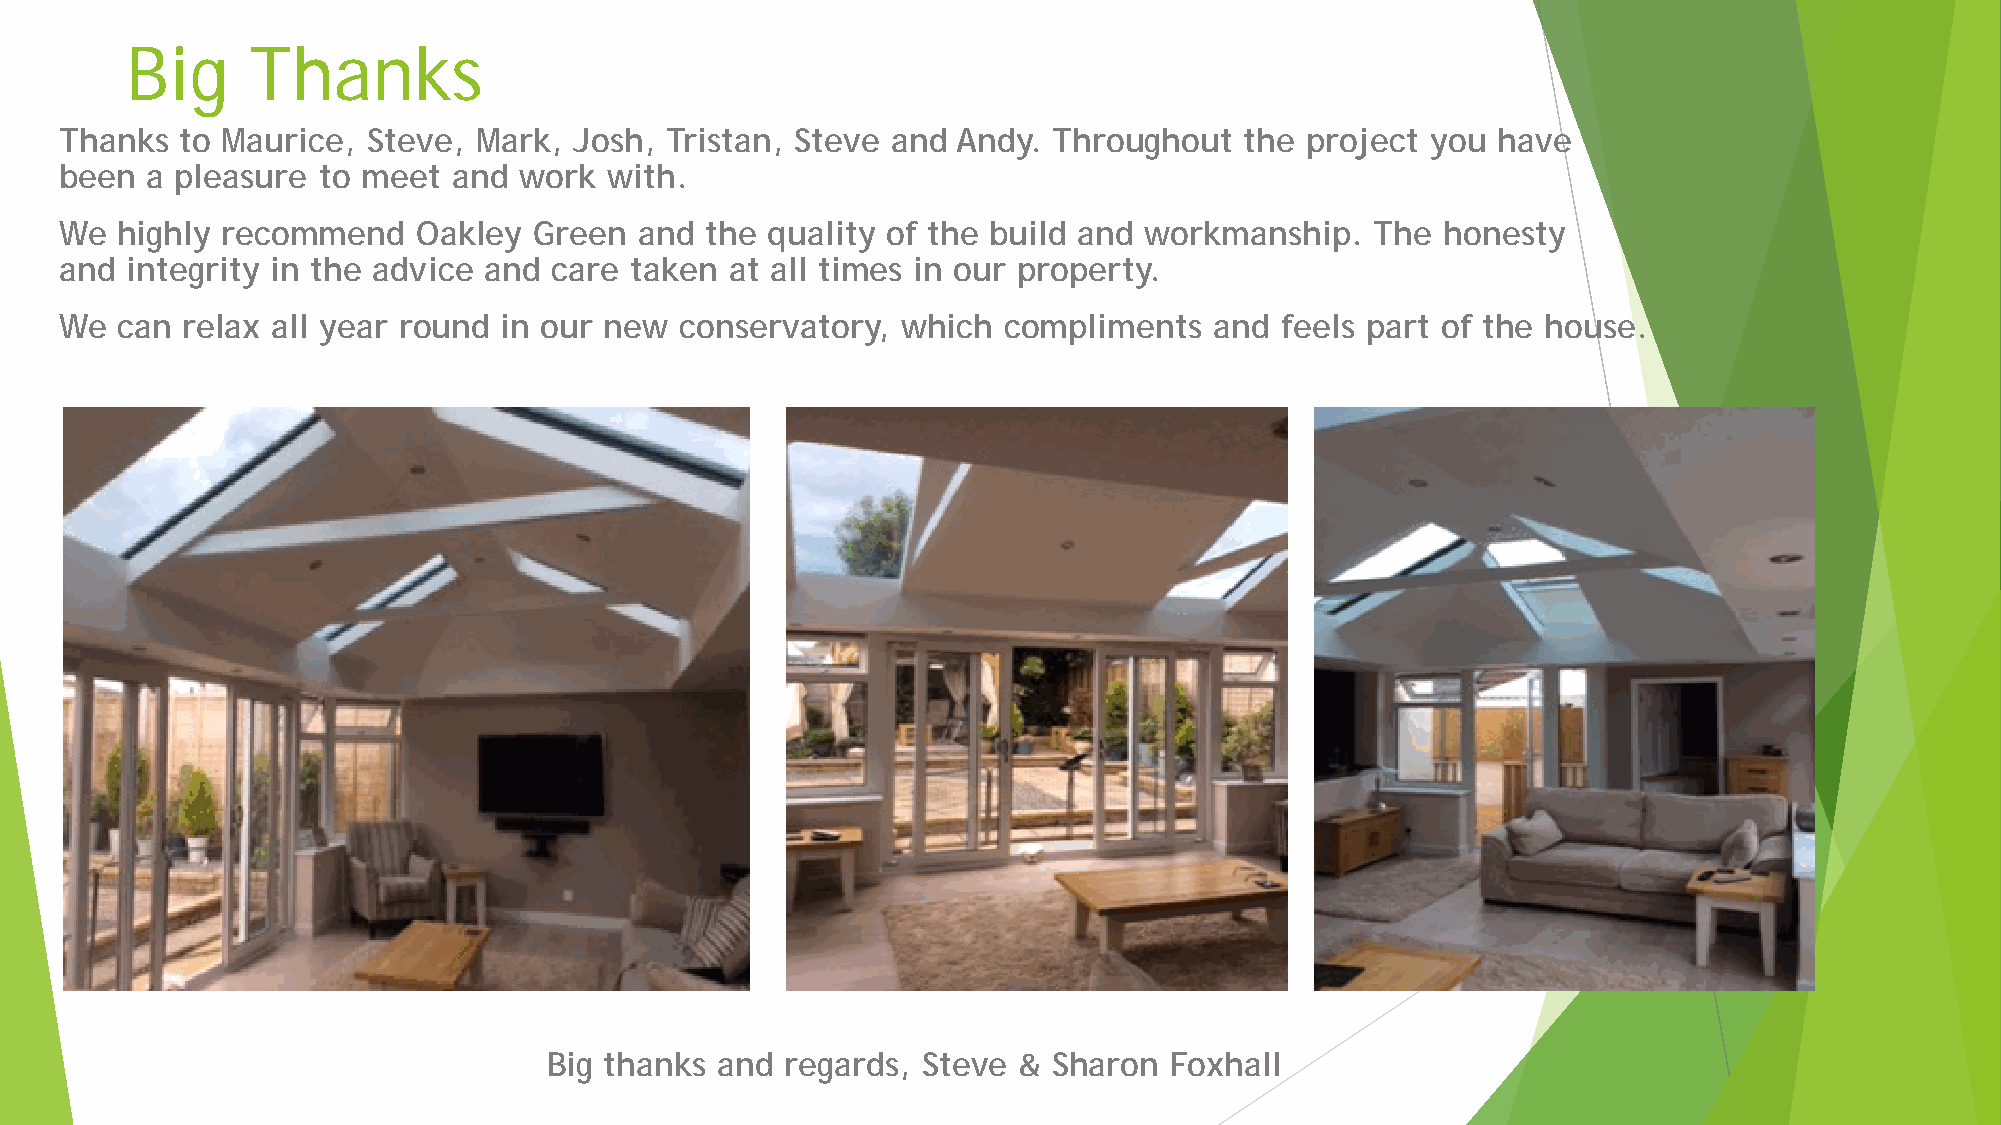
Big     Thanks
 Thanks  to Maurice, Steve,  Mark, Josh, Tristan, Steve and Andy.  Throughout  the project  you have
 been  a pleasure to meet  and work  with.
 We  highly recommend    Oakley Green  and  the quality of the build and workmanship.   The  honesty
 and integrity in the advice and  care taken at all times in our property.
 We  can relax all year round in our new  conservatory,  which compliments   and  feels part of the house.
 Big thanks and  regards, Steve &  Sharon Foxhall